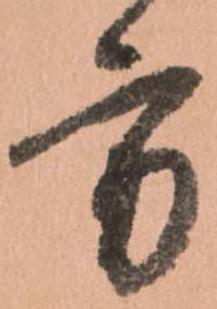
方